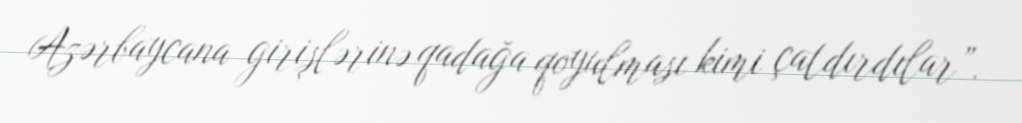
Azərbaycana girişlərinə qadağa qoyulması kimi çatdırdılar”.